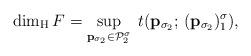
LaTeX: \begin{align*}\dim_{\mathrm H}F = \sup_{\mathbf{p}_{\sigma_2}\in\mathcal{P}_{2}^{\sigma}}\; t(\mathbf{p}_{\sigma_2};\, (\mathbf{p}_{\sigma_2})_1^{\sigma} ),\end{align*}